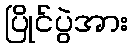
ပြိုင်ပွဲအား